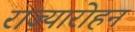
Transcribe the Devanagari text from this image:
राज्यारोहन